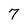
Character: 7